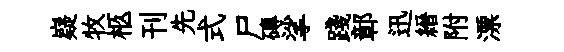
嶷牧柩刊先式尸磚挲踐鄣迅縉附漂